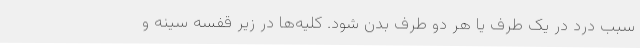
سبب درد در یک طرف یا هر دو طرف بدن شود. کلیه‌ها در زیر قفسه سینه و